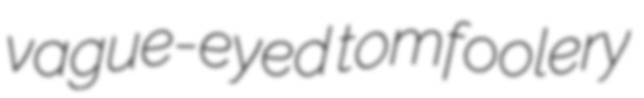
vague-eyed tomfoolery